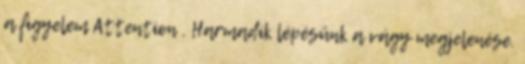
a figyelem Attention . Harmadik lépésünk a vágy megjelenése.